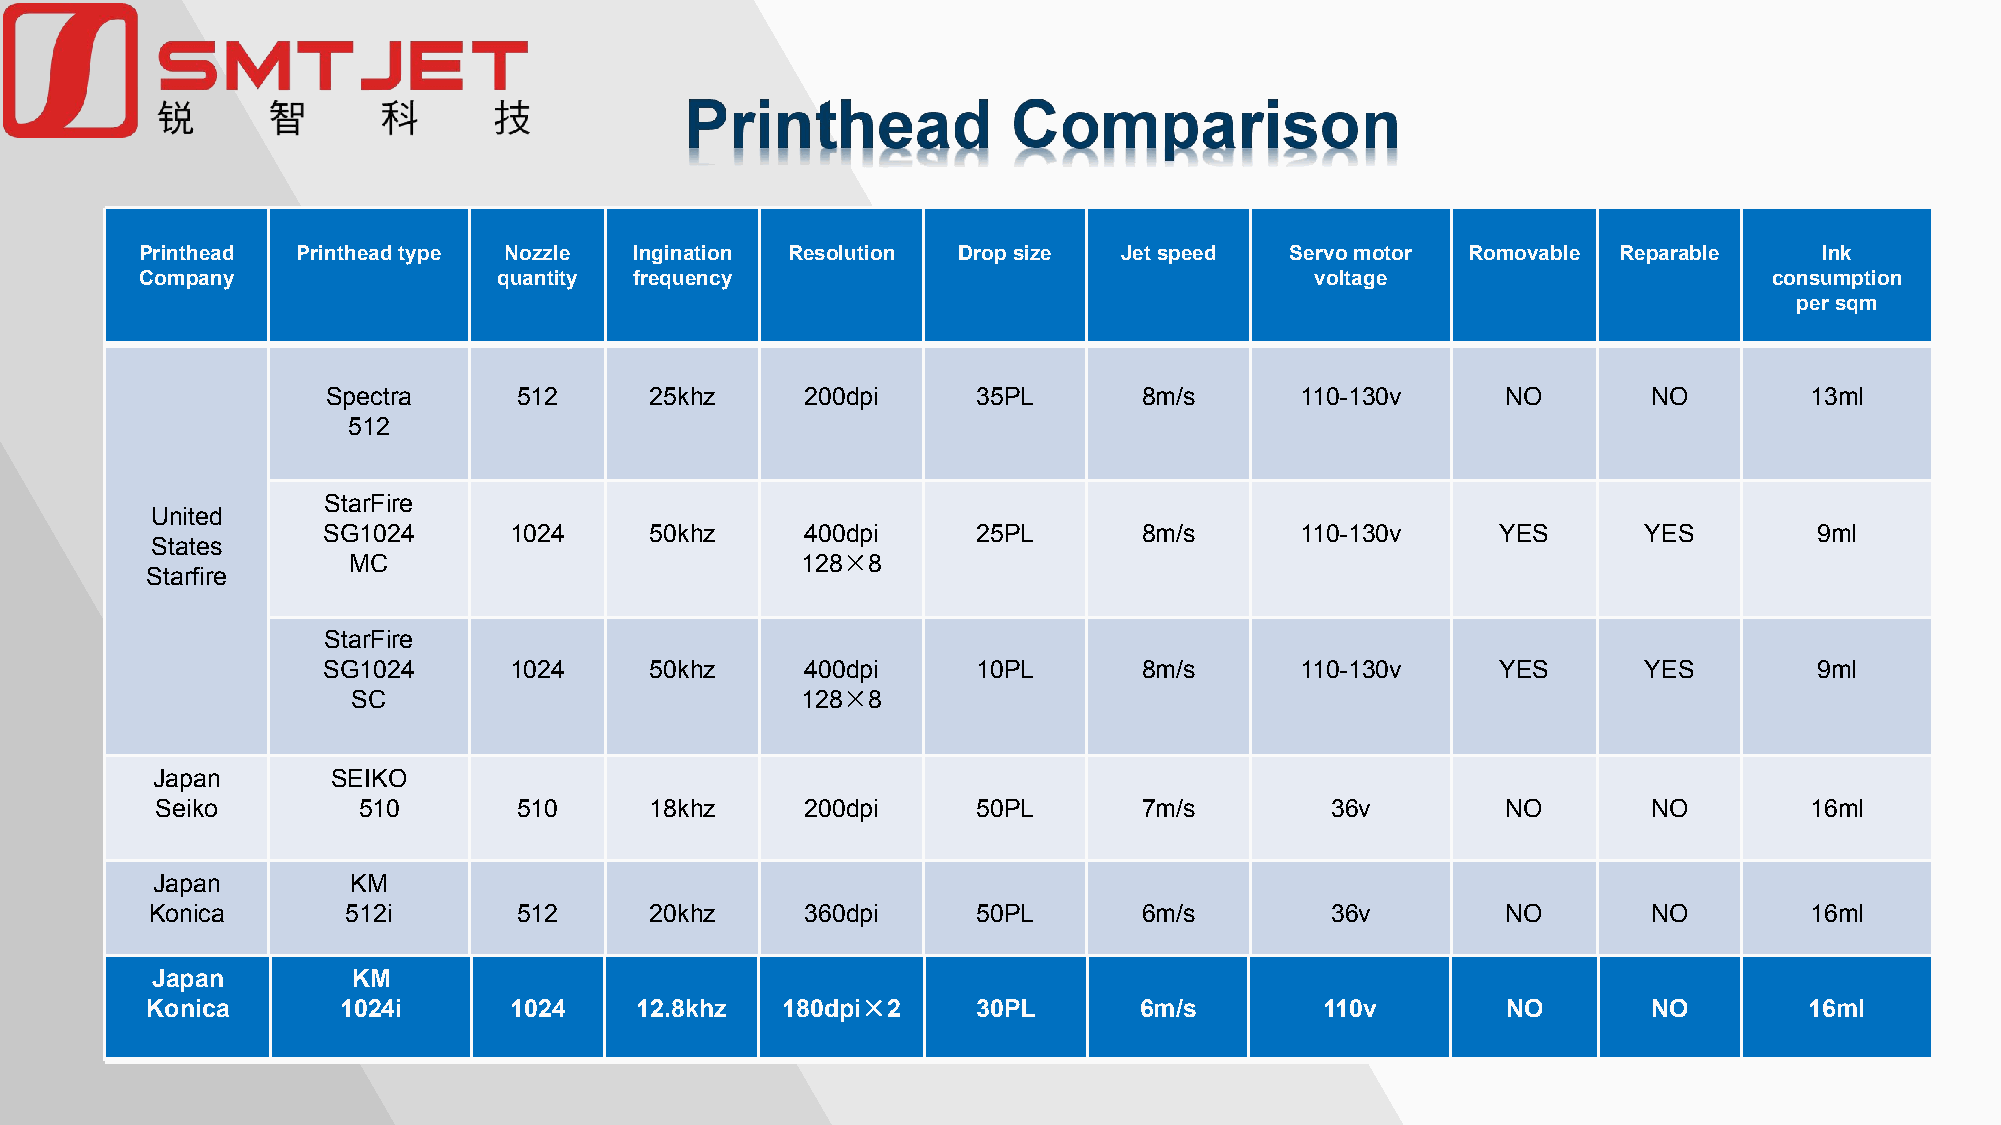
Printhead  Printhead type Nozzle Ingination Resolution Drop size Jet speed  Servo motor Romovable Reparable     Ink
 Company                 quantity frequency                                    voltage                       consumption
 per sqm
 Spectra     512      25khz     200dpi      35PL       8m/s      110-130v      NO       NO         13ml
 512
 StarFire
 United
 SG1024       1024     50khz     400dpi      25PL       8m/s      110-130v     YES       YES        9ml
 States
 MC                            128×8
 Starfire
 StarFire
 SG1024       1024     50khz     400dpi      10PL       8m/s      110-130v     YES       YES        9ml
 SC                            128×8
 Japan       SEIKO
 Seiko         510       510      18khz     200dpi      50PL       7m/s        36v         NO       NO         16ml
 Japan        KM
 Konica       512i       512      20khz     360dpi      50PL       6m/s        36v         NO       NO         16ml
 Japan        KM
 Konica      1024i       1024    12.8khz   180dpi×2     30PL      6m/s         110v        NO       NO         16ml